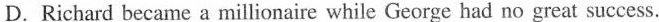
D.Richard became a millionaire while George had no great success.